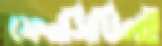
ফেনসিডিলই